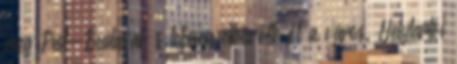
meg Pest-Budával, s teljesen elbűvölte őt a város. Helytartói